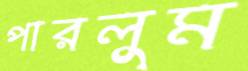
পারলুম